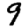
Digit: 9